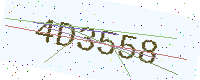
Text: 4D3558